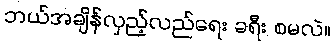
ဘယ်အချိန်လှည့်လည်ရေး ခရီး စမလဲ။